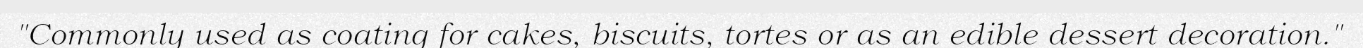
"Commonly used as coating for cakes, biscuits, tortes or as an edible dessert decoration."